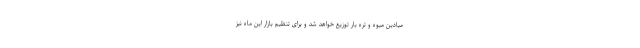
میادین میوه و تره بار توزیع خواهد شد و برای تنظیم بازار این ماه نیز